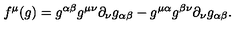
f ^ { \mu } ( g ) = g ^ { \alpha \beta } g ^ { \mu \nu } \partial _ { \nu } g _ { \alpha \beta } - g ^ { \mu \alpha } g ^ { \beta \nu } \partial _ { \nu } g _ { \alpha \beta } .